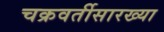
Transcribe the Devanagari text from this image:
चक्रवर्तीसारख्या